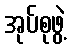
အုပ်စုဖွဲ့